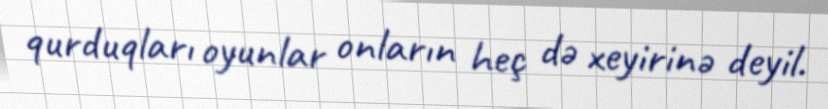
qurduqları oyunlar onların heç də xeyirinə deyil.